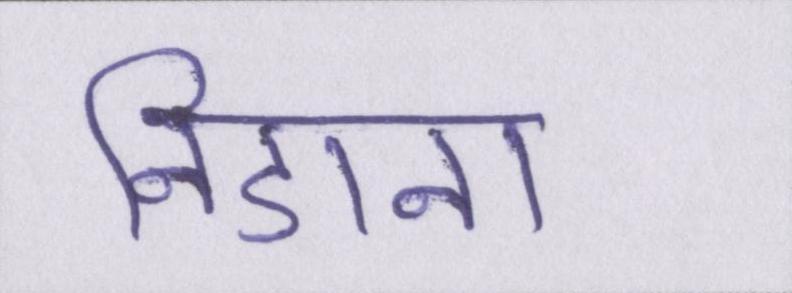
निडाना